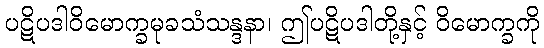
ပဋိပဒါဝိမောက္ခမုခသံသန္ဒနာ၊ ဤပဋိပဒါတို့နှင့် ဝိမောက္ခကို